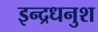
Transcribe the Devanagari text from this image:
इन्द्रधनुश